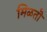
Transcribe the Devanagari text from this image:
मिळतॊ